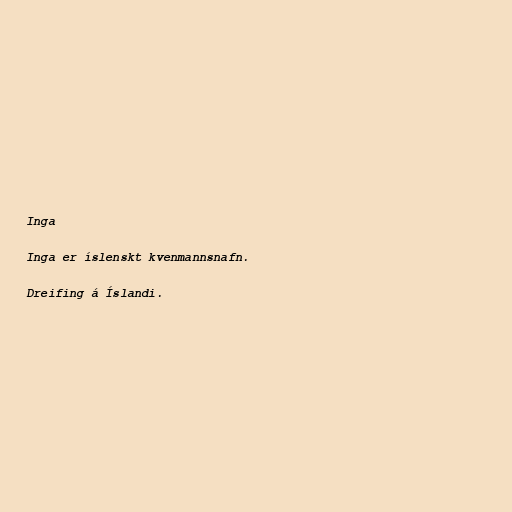
Inga

Inga er íslenskt kvenmannsnafn.

Dreifing á Íslandi.